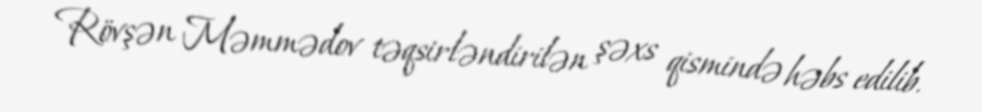
Rövşən Məmmədov təqsirləndirilən şəxs qismində həbs edilib.